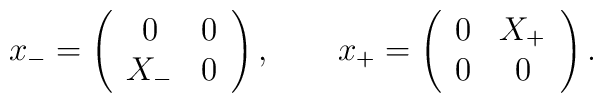
x_- = \left( \begin{array}{cc}0 & 0 \\X_- & 0\end{array} \right), \qquad x_+ = \left( \begin{array}{cc}0 & X_+ \\0 & 0\end{array} \right).